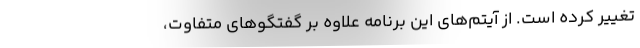
تغییر کرده است. از آیتم‌های این برنامه علاوه بر گفتگوهای متفاوت،